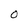
Character: o